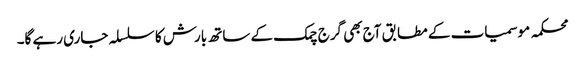
محکمہ موسمیات کے مطابق آج بھی گرج چمک کے ساتھ بارش کا سلسلہ جاری رہے گا۔